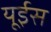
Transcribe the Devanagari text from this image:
यूईस